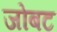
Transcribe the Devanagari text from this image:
जोबट